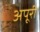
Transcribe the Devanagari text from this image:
अपूरी